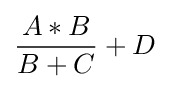
{A*B \over B+C}+D